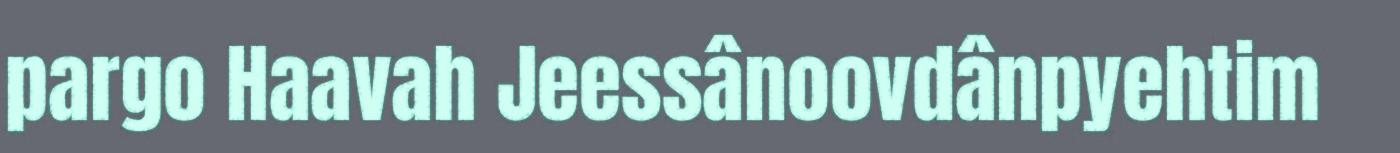
pargo Haavah Jeessânoovdânpyehtim